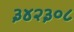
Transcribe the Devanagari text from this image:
३४२३०८